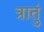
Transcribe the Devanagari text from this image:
त्रातुं